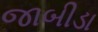
જાબીડા